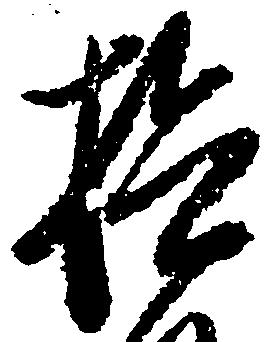
検